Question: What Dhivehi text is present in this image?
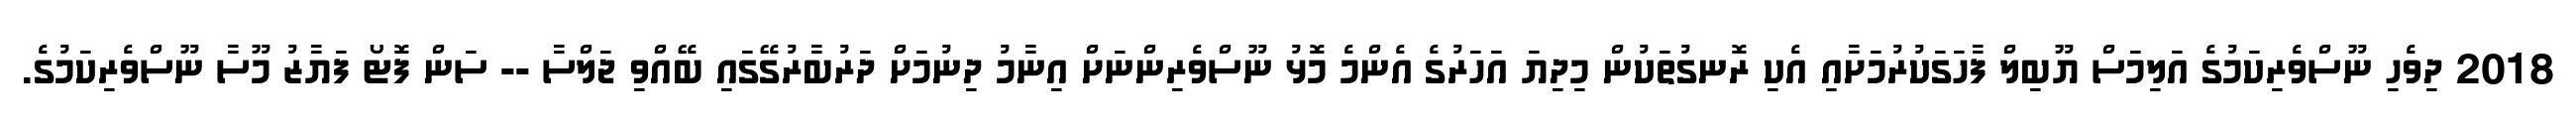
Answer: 2018 ދިވެހި ނޫސްވެރިކަމުގެ އަލިމަސް ޔޫބިލް ފާހަގަކުރުމަށާއި އެކި ރޮނގުތަކުން މިދިޔަ އަހަރުގެ އެންމެ މޮޅު ނޫސްވެރިންނަށް އިނާމު ދިނުމަށް ދަރުބާރުގޭގައި ބޭއްވި ޖަލްސާ -- ސަން ފޮޓޯ ފަޔާޒު މޫސާ ނޫސްވެރިކަމުގެ.